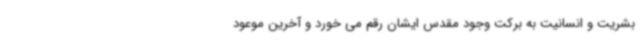
بشریت و انسانیت به برکت وجود مقدس ایشان رقم می خورد و آخرین موعود